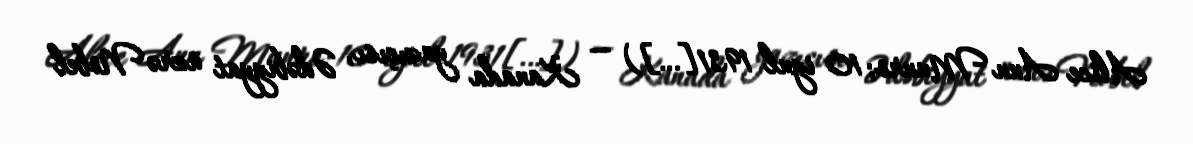
Alice Ann Munro; 10 iyul 1931[…]) — Kanada yazıçısı, Ədəbiyyat üzrə Nobel